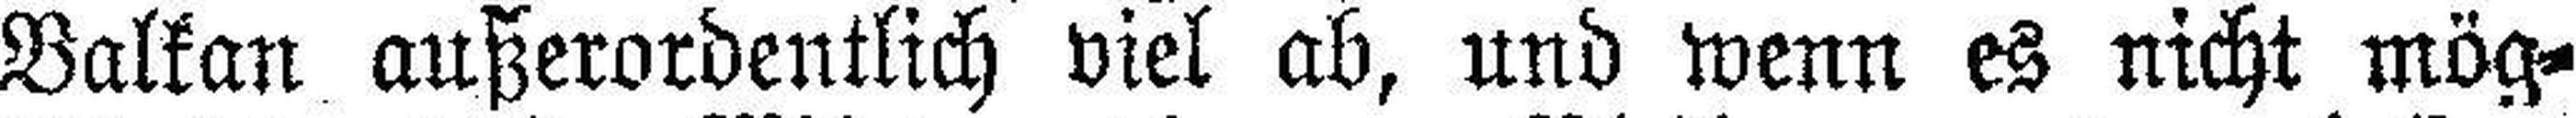
Balkan außerordentlich viel ab, und wenn es nicht mög¬